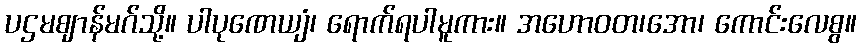
ပဌမဈာန်မဂ်သို့။ ပါပုဏေယျံ၊ ရောက်ရပါမူကား။ အဟောဝတ၊အော၊ ကောင်းလေစွ။